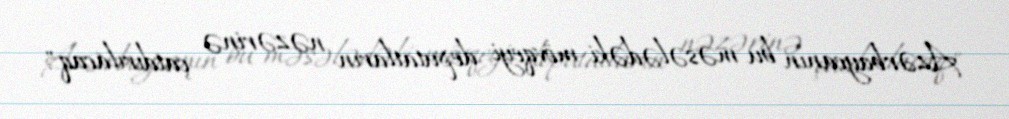
Azərbaycanın bu məsələdəki mövqeyi deputatların nəzərinə çatdırılacaq".